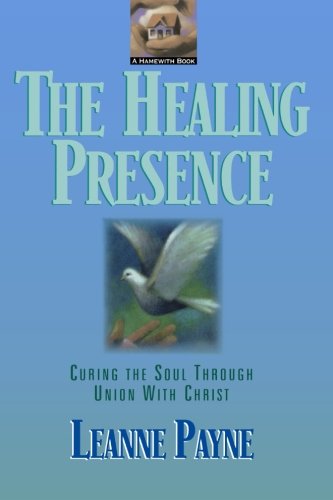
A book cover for The Healing Presence: Curing the Soul Through Union with Christ; Leanne Payne; Christian Books & Bibles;